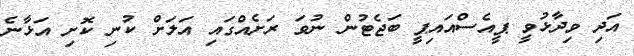
އަދި ވިދާޅުވީ ޕީއެސްއައިޕީ ބަޖެޓުން ނުވަ ރަށެއްގައި އަލަށް ކުނި ކޮށި އަޅާނެ